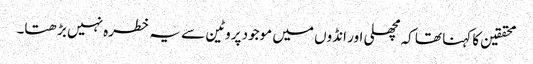
محققین کا کہنا تھا کہ مچھلی اور انڈوں میں موجود پروٹین سے یہ خطرہ نہیں بڑھتا۔